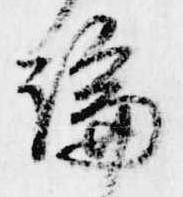
論